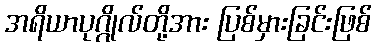
အရိယာပုဂ္ဂိုလ်တို့အား ပြစ်မှားခြင်းဖြစ်